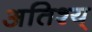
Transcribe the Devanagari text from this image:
अतिश्य्